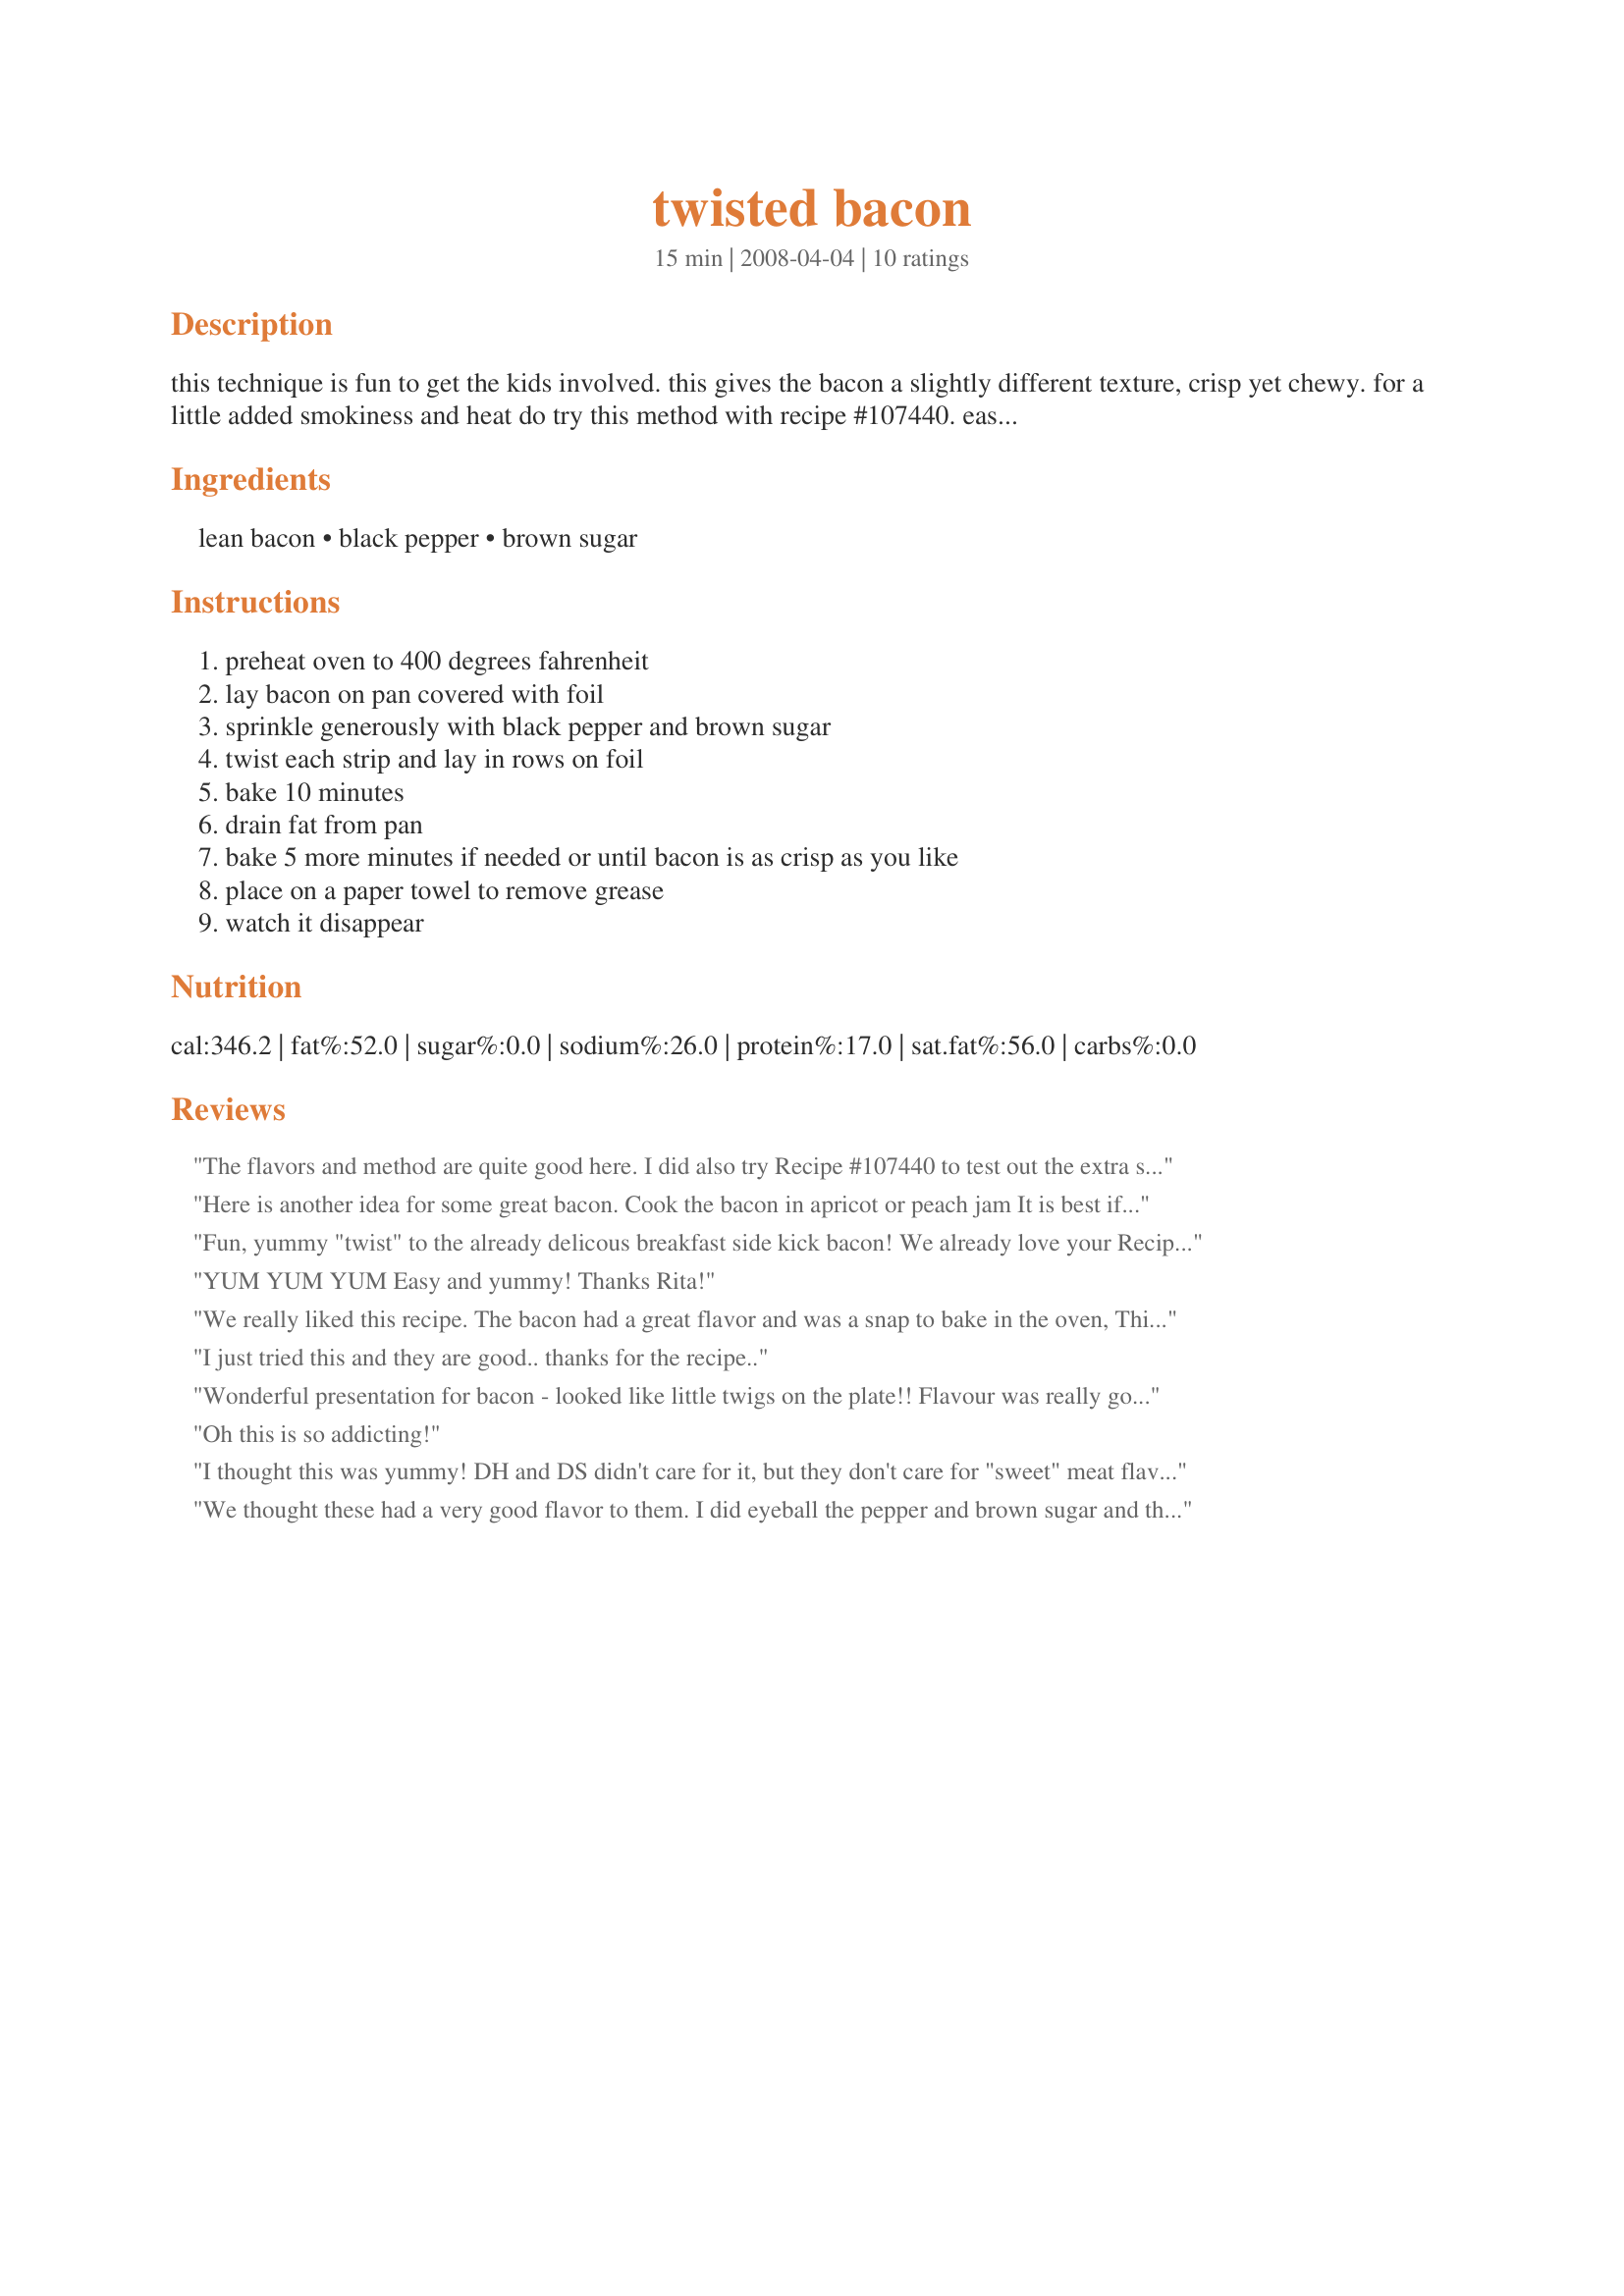
twisted bacon
Preparation time: 15 minutes

this technique is fun to get the kids involved. this gives the bacon a slightly different texture, crisp yet chewy. for a little added smokiness and heat do try this method with recipe #107440. easy clean up!!!!!! ;)

Ingredients:
lean bacon, black pepper, brown sugar

Steps:
preheat oven to 400 degrees fahrenheit, lay bacon on pan covered with foil, sprinkle generously with black pepper and brown sugar, twist each strip and lay in rows on foil, bake 10 minutes, drain fat from pan, bake 5 more minutes if needed or until bacon is as crisp as you like, place on a paper towel to remove grease, watch it disappear

Reviews:
The flavors and method are quite good here. I did also try Recipe #107440 to test out the extra spice and flat version. The twisted are fun (though I did have to weigh down the edges with ramekins for it to stay curled - not sure if that is because I used extra lean turkey bacon), but I think I like the crispier texture of the flat better. The minimum amount of black pepper does give this a bit of heat, which is nice. Yummy recipe!
Here is another idea for some great bacon. Cook the bacon in apricot or peach jam It is best if it is pureed but fine just out of the jar.
add a splash of brandy (op.) and it is pure heaven.
I also like my bacon on biscuits with butter and honey. : )
Fun, yummy "twist" to the already delicous breakfast side kick bacon! We already love your Recipe #107440 so I decided to see what "twisting" the bacon would do for the texture. I used a premium bacon ( not thick sliced however) and one end was thicker than the other and would not twist as well. Next time, I will try this with a store brand bacon that I know is thinner and see if it will twist better. I did sprinkle it with the black pepper, brown sugar and also added a little pinch of cayenne. Loved that little touch of heat with the sweetness of the sugar! I will be making this again when my BF's little nephew comes to visit... I am sure he will love helping make all of us breakfast!
YUM YUM YUM Easy and yummy! Thanks Rita!
We really liked this recipe. The bacon had a great flavor and was a snap to bake in the oven, This is how I will cook bacon from now on.
I just tried this and they are good.. thanks for the recipe..
Wonderful presentation for bacon - looked like little twigs on the plate!! Flavour was really good, although I probably used about 6-8 tsp of brown sugar, & the twisting gave it a chewier, crispier texture. It was very easy to twist the bacon & it stayed that way on the pan.
Oh this is so addicting!
I thought this was yummy! DH and DS didn't care for it, but they don't care for "sweet" meat flavorings. Too bad for them! I got to eat it all myself! And I love cooking bacon in the oven cuz I hate the mess it makes on the stove.
We thought these had a very good flavor to them. I did eyeball the pepper and brown sugar and think I may have used a good amount more brown sugar than it called for. However after the 15 minute cooking time these were no where near done! They were still mostly raw. So I just kept cooking and draining every ten minutes for a total of 40 minutes. At this point they still had some chewyness, but were at least dark brown all over and some crispiness too. The ends did burn a tiny bit, but nothing we would have worried about. Loved the easy clean-up!
